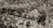
الإستحمام